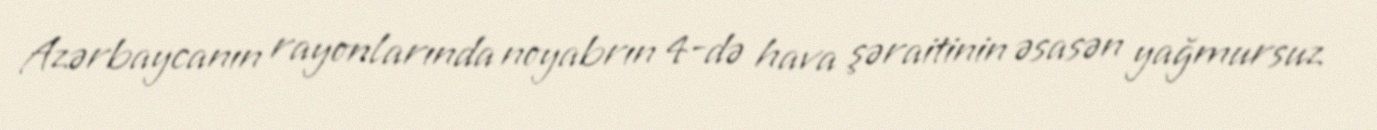
Azərbaycanın rayonlarında noyabrın 4-də hava şəraitinin əsasən yağmursuz